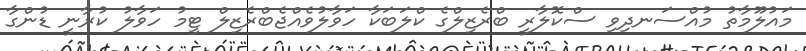
މައުލޫމާތު މުއްސަނދިވި ސްކޮލާރީ ބްރެޒިލްގެ ކްލަބަކާ ހަވާލުވެއްޖެބްރެޒިލް ޓީމު ހަވާލު ކުރާނީ ޑުންގާ